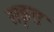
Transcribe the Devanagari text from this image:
सकृतः